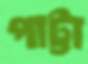
পাট্টা